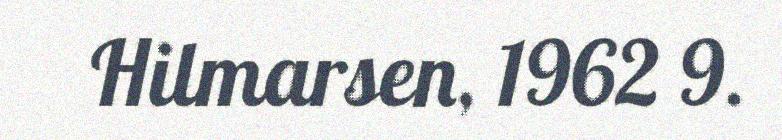
Hilmarsen, 1962 9.